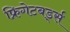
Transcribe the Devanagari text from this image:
फ्रिगेटबर्ड्स